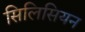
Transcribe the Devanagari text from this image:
सिलिसियन